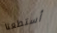
أستطعنا